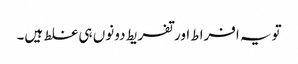
تویہ افراط اور تفریط دونوں ہی غلط ہیں۔